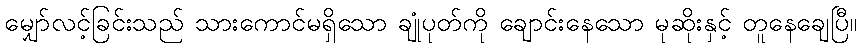
မျှော်လင့်ခြင်းသည် သားကောင်မရှိသော ချုံပုတ်ကို ချောင်းနေသော မုဆိုးနှင့် တူနေချေပြီ။